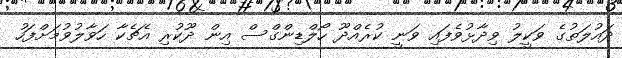
ދައުލަތުގެ ވަކީލު ވިދާޅުވެފައި ވަނީ ކުރެއްދޫ ހޯލްޑިންގްސް އިން ދޫކުރި އެޗެކާ ހަވާލުވުމަށްފަހު